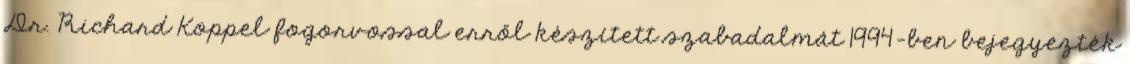
Dr. Richard Koppel fogorvossal erről készített szabadalmát 1994-ben bejegyezték